Voru_kinnistusamet, lk 4
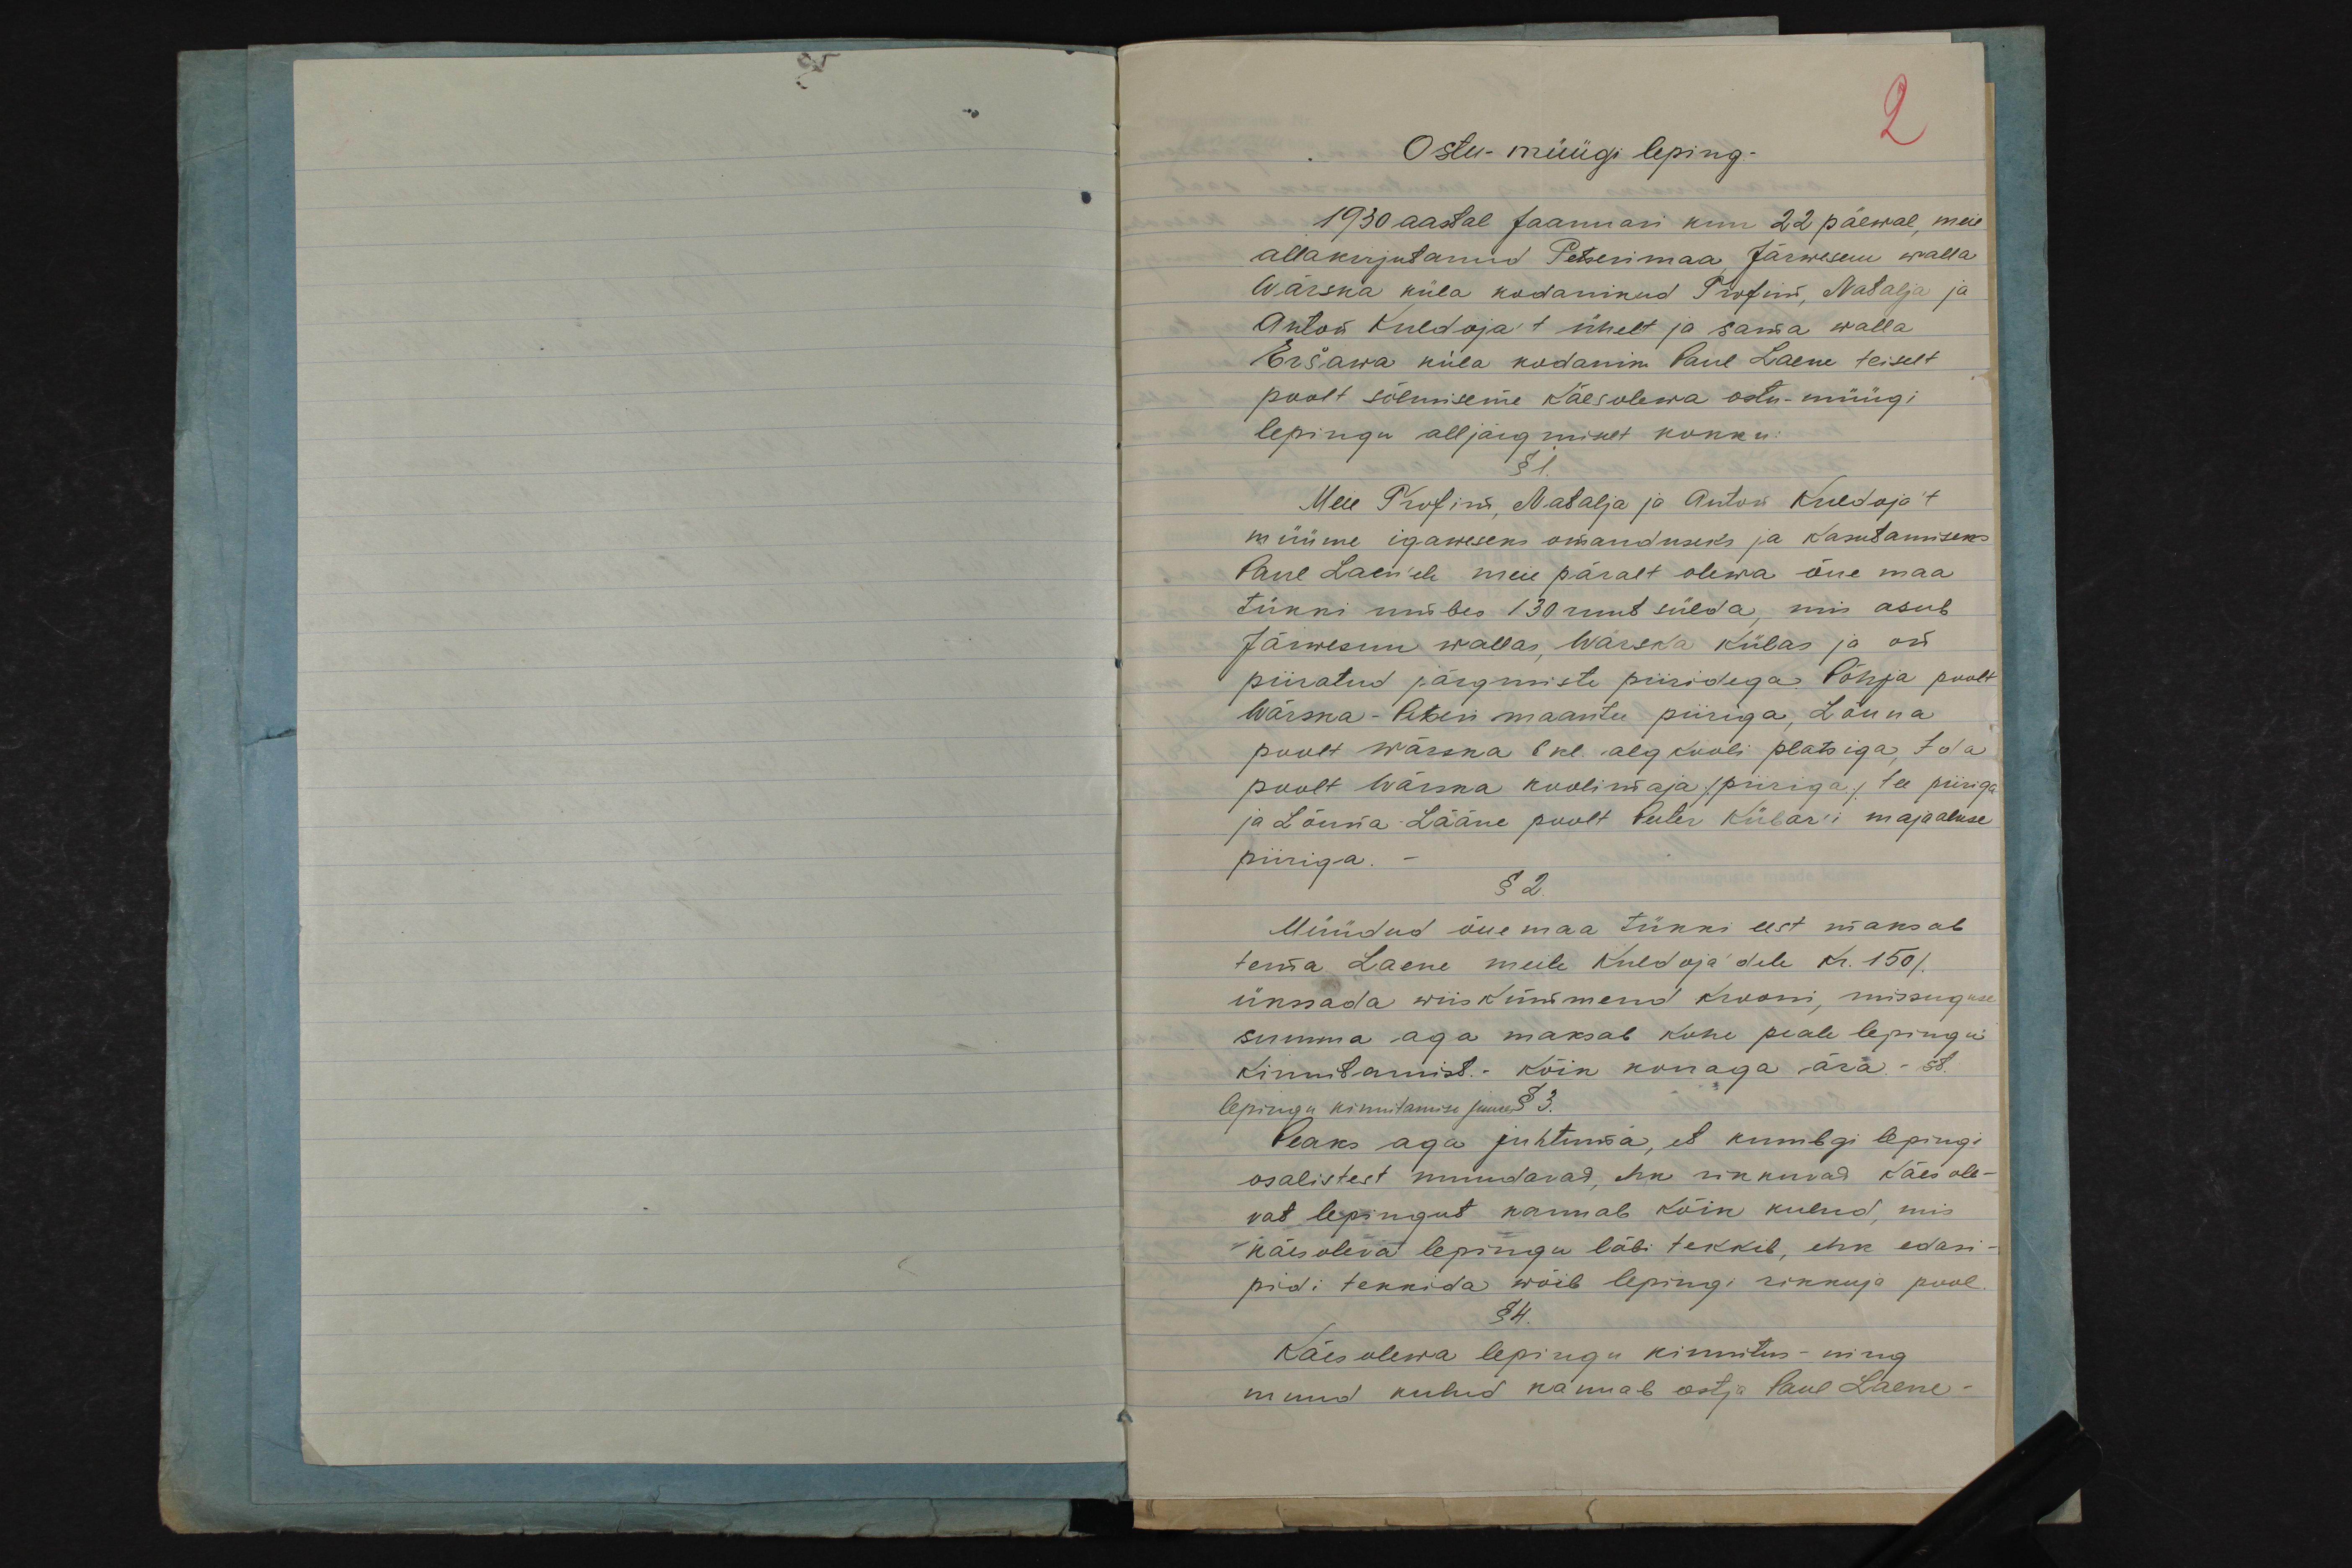
2
Ostu-müügi leping. -
1930 aastal Jaanuari kuu 22 päewal, meie
allakirjutanud Petserimaa, Järwesuu walla
Wärska küla kodanikud Trofim, Natalja ja
Anton Kuldoja´t ühelt ja sama walla
Eršawa küla kodanik Paul Laene teiselt
poolt sõlmiseme käesolewa ostu-müügi
lepingu alljärgmiselt kokku:
§ 1.
Meie Trofim, Natalja ja Anton Kuldoja´t
müüme igaweseks omanduseks ja kasutamiseks
Paul Laen'ele meie päralt olewa õue maa
tükki umbes 130 ruut sülda, mis asub
Järwesuu wallas, Wärska külas ja on
piiratud järgmiste piiridega. Põhja poolt
Wärska-Petseri maantee piiriga, Lõuna
poolt Wärska 6 kl. algkooli platsiga, Ida
poolt Wärska koolimaja (piiriga) tee piiriga
ja Lõuna-Lääne poolt Peeter Kübar'i majaaluse
piiriga. -
§ 2.
Müüdud õue maa tükki eest maksab
tema Laene meile Kuldoja´dele Kr. 150 (
ükssada wiiskümmend krooni, missuguse
summa aga maksab kohe peale lepingu
kinnitamist. - kõik korraga ära. - st.
lepingu kinnitamise juures § 3.
Peaks aga juhtuma, et kumbgi lepingi
osalistest muudavad, ehk rikkuvad käes ole-
vat lepingut kannab kõik kulud, mis
käesoleva lepingu läbi tekkib, ehk edasi-
pidi tekkida wõib lepingi rikkuja pool.
§ 4.
Käesolewa lepingu kinnitus- ning
muud kulud kannab ostja Paul Laene -